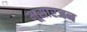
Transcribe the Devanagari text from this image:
भूसारजन